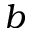
b